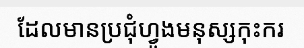
ដែលមានប្រជុំហ្វូងមនុស្សកុះករ